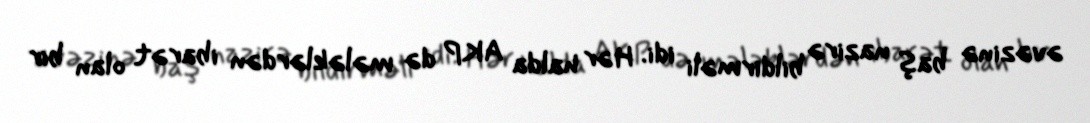
əvəzinə baş nazirə bildirməli idi. Hər halda AKP də mələklərdən ibarət olan bir